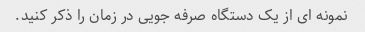
نمونه ای از یک دستگاه صرفه جویی در زمان را ذکر کنید.